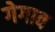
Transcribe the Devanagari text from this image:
गेगाव